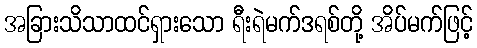
အခြားသိသာထင်ရှားသော ရီးရဲမက်ဒရစ်တို့ အိပ်မက်ဖြင့်